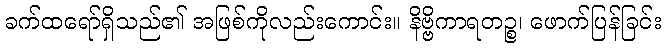
ခက်ထရော်ရှိသည်၏ အဖြစ်ကိုလည်းကောင်း။ နိဗ္ဗိကာရတဉ္စ၊ ဖောက်ပြန်ခြင်း